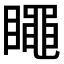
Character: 𥋝